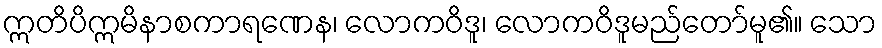
ဣတိပိဣမိနာစကာရဏေန၊ လောကဝိဒူ၊ လောကဝိဒူမည်တော်မူ၏။ သော